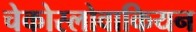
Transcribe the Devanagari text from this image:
चेकोस्लोवाकियन